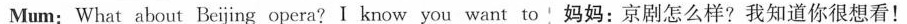
Mum:What about Beijing opera?I know you want to 妈妈：京剧怎么样？我知道你很想看！